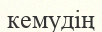
кемудің